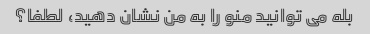
بله می توانید منو را به من نشان دهید، لطفا؟